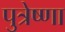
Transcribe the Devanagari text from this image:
पुत्रेष्णा